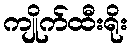
ကျိုက်ထီးရိုး